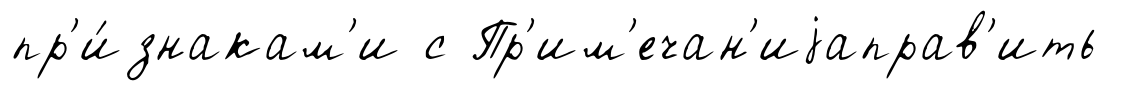
пр'и́знакам'и с Пр'им'ечан'иjаправ'ить